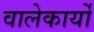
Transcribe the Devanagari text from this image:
वालेकार्यों